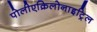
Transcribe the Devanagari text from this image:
पोलीएक्रिलोनाइट्रिल